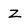
Character: Z